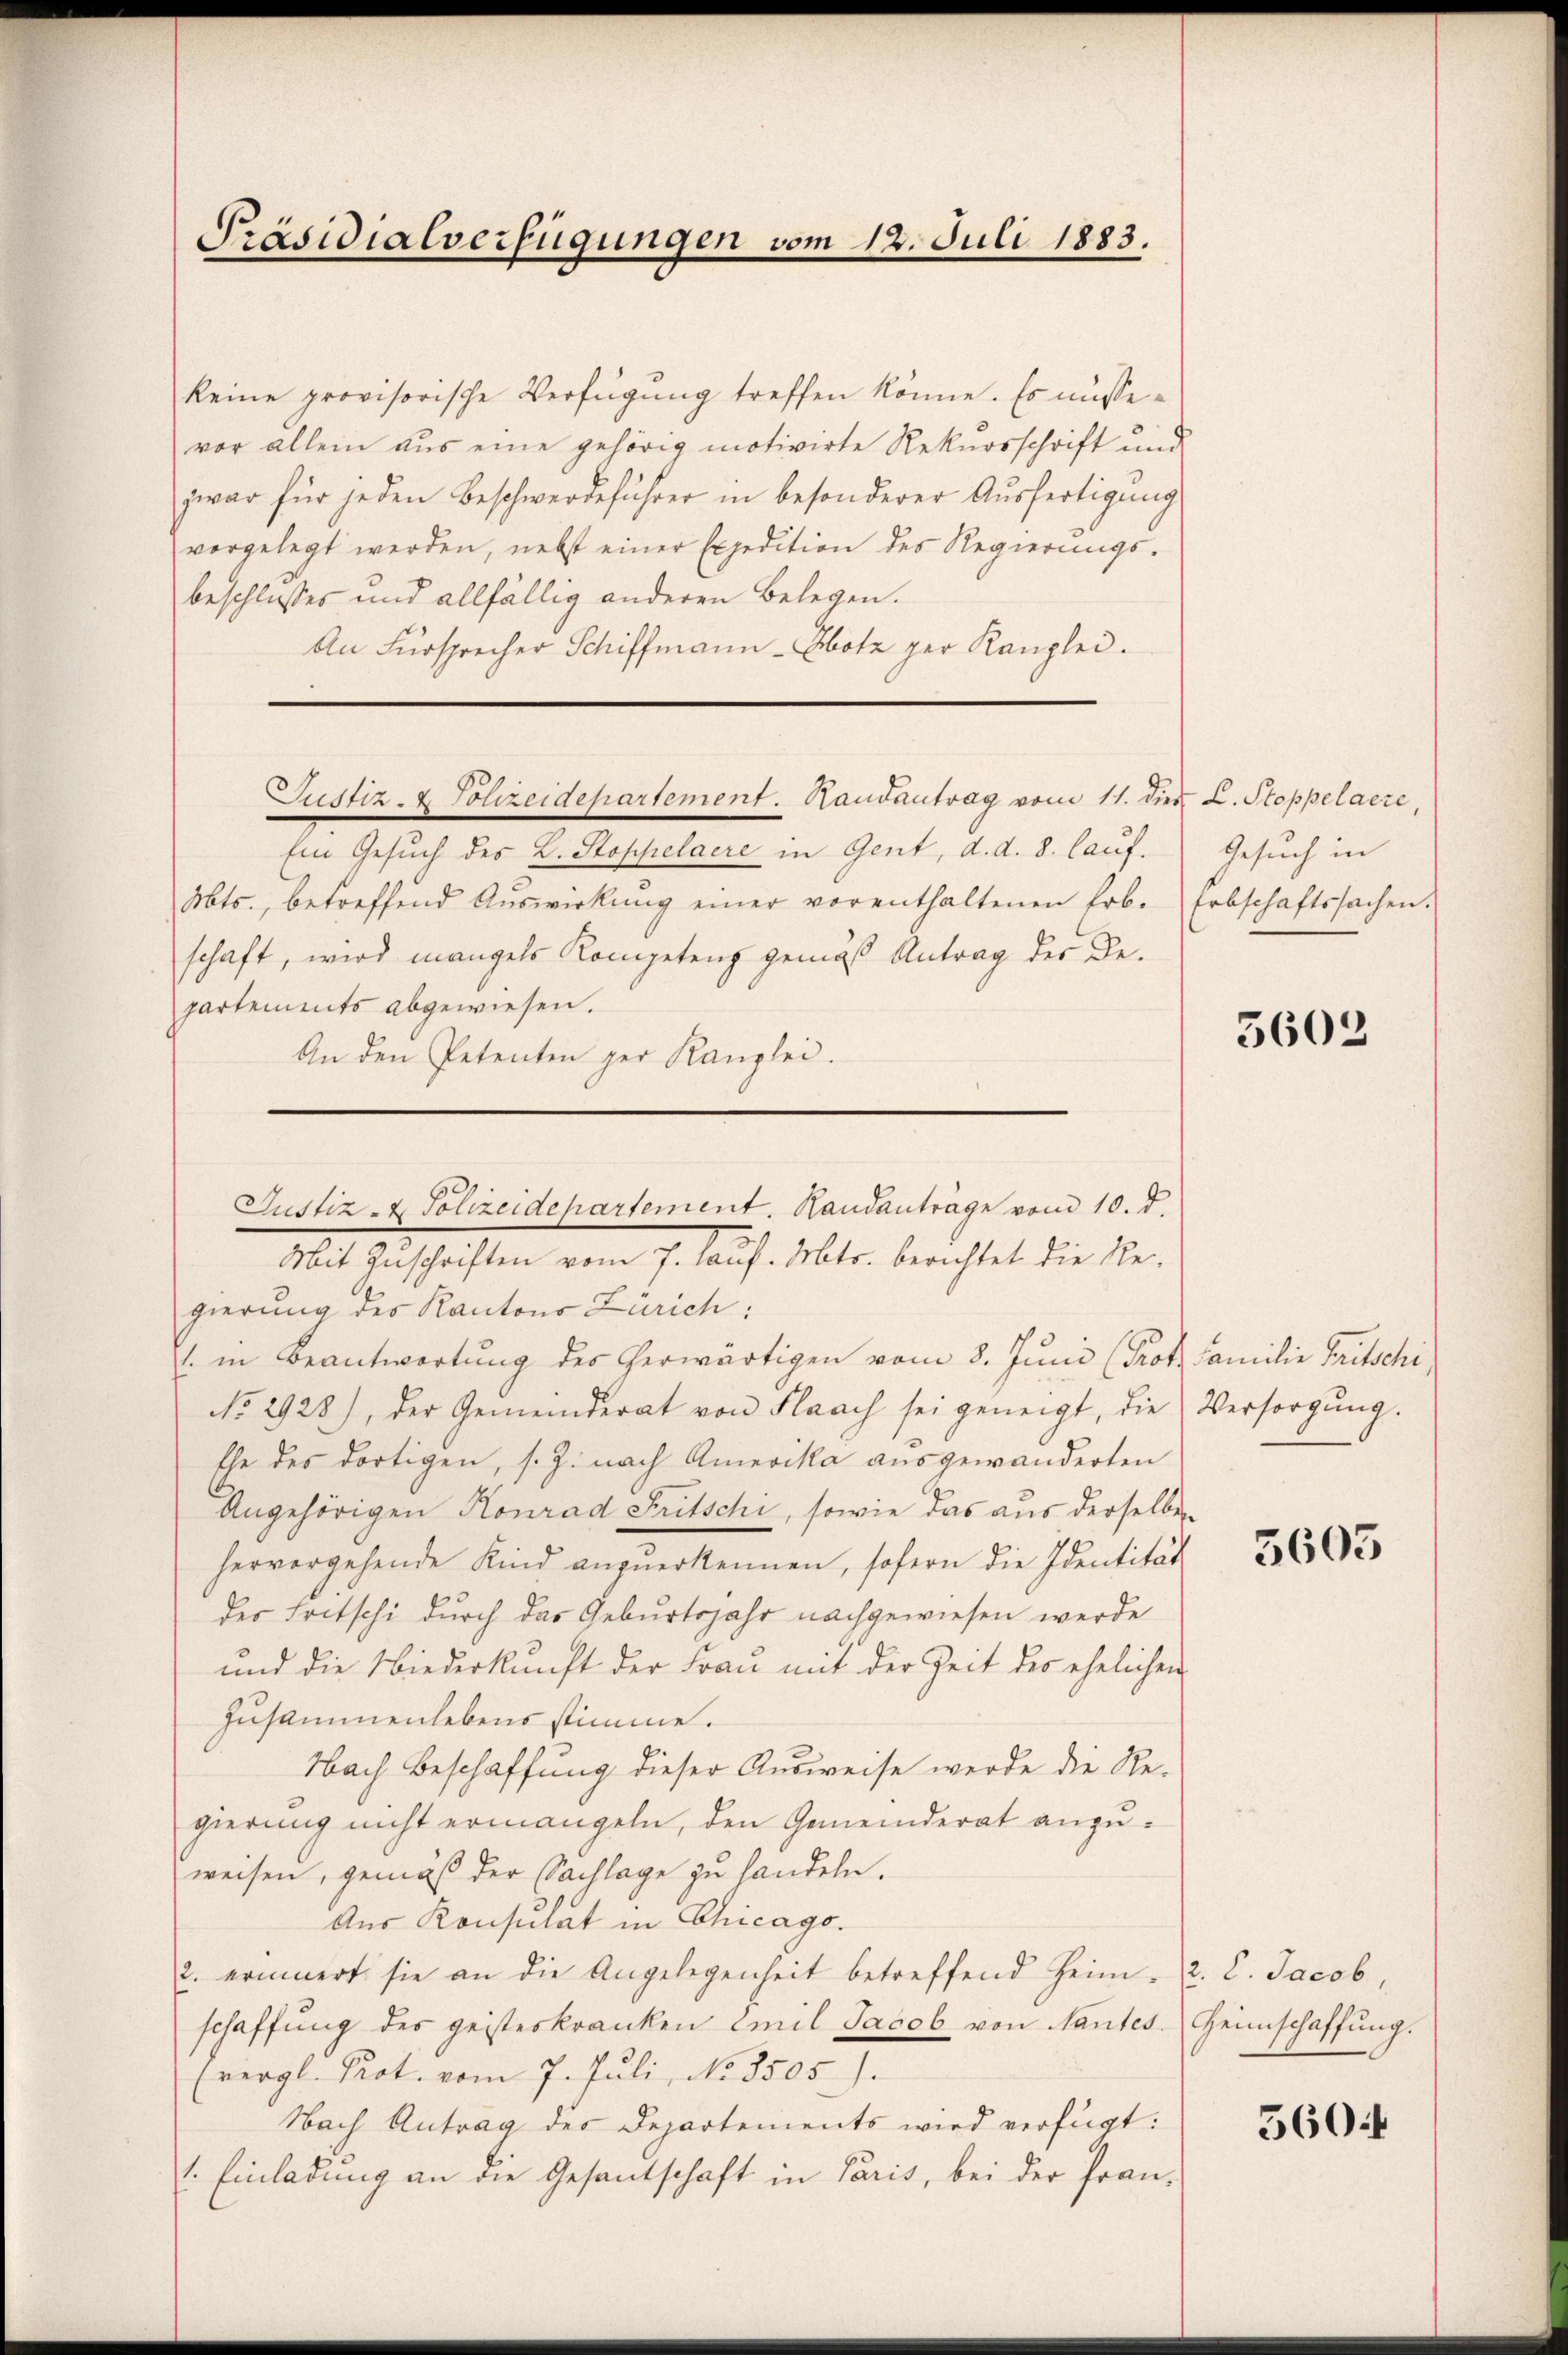
Präsidialverfügungen vom 12. Juli 1883.

keine provisorische Verfügung treffen könne. Es müssevor allein aus eine gehörig motivirte Rekursschrift und
zwar für jeden Beschwerdeführer in besonderer Aŭsfertigŭng
vorgelegt werden, nebst einer Expedition des Regierungs-
beschlusses und allfällig anderen Belegen.
An Fürsprecher Schiffmann-Hotz per Kanzlei.
Justiz- & Polizeidepartement. Randantrag vom 11. dies L. Stoppelaere,
Ein Gesuch des L. Stoppelaere in Gent, d. d. 8. lauf.
Mts., betreffend Aŭswirkung einer vorenthaltenen Erb. Erbschaftssachen.
schaft, wird mangels Kompetenz gemäß Antrag des Bepartements abgewiesen.
An den Petenten ger Kanzlei.

Gesuch in

5602

Justiz- & Polizeidepartement. Handanträge vom 10. d.

Mit Zuschriften vom 7. Lauf. Mts. berichtet die Re-
gierung der Kantons Zürich:
. in Beantwortung des herwärtigen vom 8. Juni (Prot. Familie Fritschi,
No. 2928), der Gemeinderat von Flaach sei geneigt, die Versorgŭng.
Ehe des dortigen, s. Z. nach Amerika ausgewanderten
Angehörigen Konrad Fritschi, sowie das aus derselben
hervorgehende Kind anzuerkennen, sofern die Identität
des Fritschi durch das Geburtsjahr nachgewiesen werde
und die Niederkunft der Frau mit der Zeit des ehelichen
Zusammenlebens stimme.
Nach Beschaffung dieser Ausweise werde die Re-
gierung nicht ermangeln, den Gemeinderat anzuweisen, gemäß der Sachlage zu handeln.
Aus Konsulat in Chicago.
2. erinnert sie an die Angelegenheit betreffend Heim. 2. l. Jacob,
schaffŭng des geisteskranken Emil Jacob von Nantes. Heimschaffung.
(vergl. Prot. vom 7. Juli, No 8505).
Nach Antrag des Departements wird verfügt:
1. Einladung an die Gesantschaft in Paris, bei der fran-

5605

560.